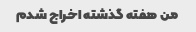
من هفته گذشته اخراج شدم